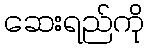
ဆေးရည်ကို